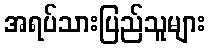
အရပ်သားပြည်သူများ